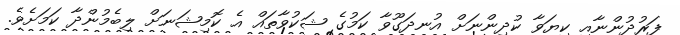
ފަރުދުންނާއި ކިޔަވާ ކުދިންނަށް އުނދަގޫވާ ކަމުގެ ޝަކުވާތައް އެ ކޮމިޝަނަށް ލިބެމުންދާ ކަމަށެވެ.